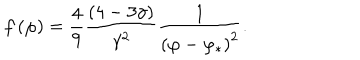
f \left( \varphi \right) = \frac { 4 } { 9 } \frac { \left( 4 - 3 \gamma \right) } { \gamma ^ { 2 } } \frac { 1 } { \left( \varphi - \varphi _ { * } \right) ^ { 2 } } .